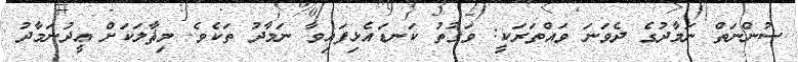
ސުންނަތް ނަމާދުގެ ދެވަނަ ވައްތަރަކީ: ވަގުތު ކަނޑައެޅިފައިވާ ނަމާދު ތަކެވެ. މިޘާލަކަށް ޢީދުނަމާދު